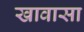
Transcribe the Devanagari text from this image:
खावासा